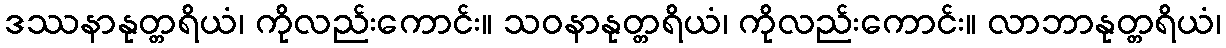
ဒဿနာနုတ္တရိယံ၊ ကိုလည်းကောင်း။ သဝနာနုတ္တရိယံ၊ ကိုလည်းကောင်း။ လာဘာနုတ္တရိယံ၊